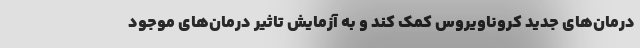
درمان‌های جدید کروناویروس کمک کند و به آزمایش تاثیر درمان‌های موجود